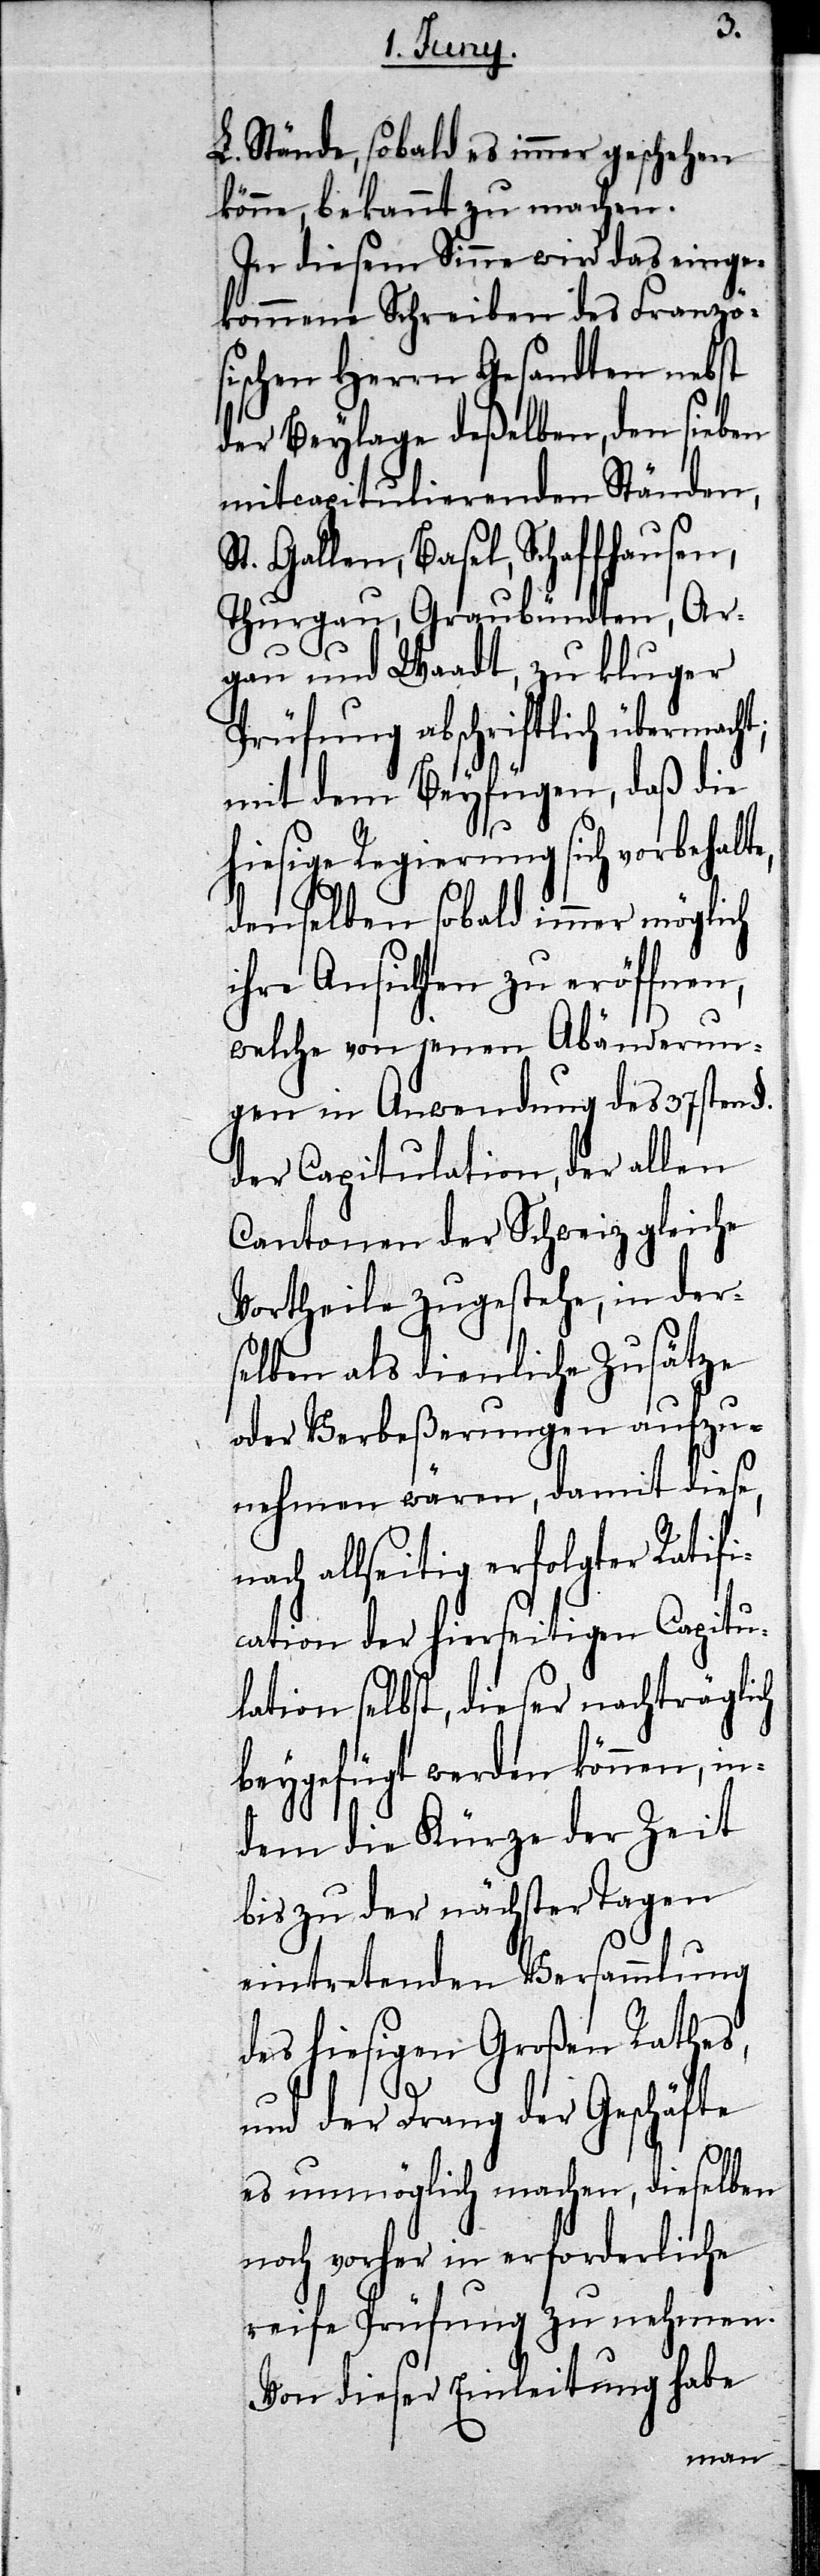
L. Stände, sobald es immer geschehen
könne, bekannt zu machen.
In diesem Sinne wird das einge¬
kommene Schreiben des Franzö¬
sischen Herrn Gesandten nebst
der Beylage deßelben, den sieben
mitcapitulierenden Ständen,
St. Gallen, Basel, Schaffhausen,
Thurgau, Graubündten, Ar¬
gau und Waadt, zu kluger
Prüfung abschriftlich übermach¬
mit dem Beyfügen, daß die
hiesige Regierung sich vorbehalte,
denselben sobald immer möglich
ihre Ansichten zu eröffnen,
welche von jenen Abänderun¬
gen in Anwendung des 37sten §.
der Capitulation, der allen
Cantonen der Schweiz gleiche
Vortheile zugestehe, in der¬
selben als dienliche Zusätze
oder Verbeßerungen aufzu¬
nehmen wären, damit diese,
nach allseitig erfolgter Ratif¬
ication der hierseitigen Capitu¬
lation selbst, dieser nachträgli¬
beygefügt werden können,
dem die Kürze der Zeit
bis zu der nächster Tagen
eintretenden Versammlung
des hiesigen Großen Rathes,
und der Drang der Geschäfte
es unmöglich machen, dieselben
noch vorher in erforderliche
reife Prüfung zu nehmen.
Von dieser Einleitung habe

in¬